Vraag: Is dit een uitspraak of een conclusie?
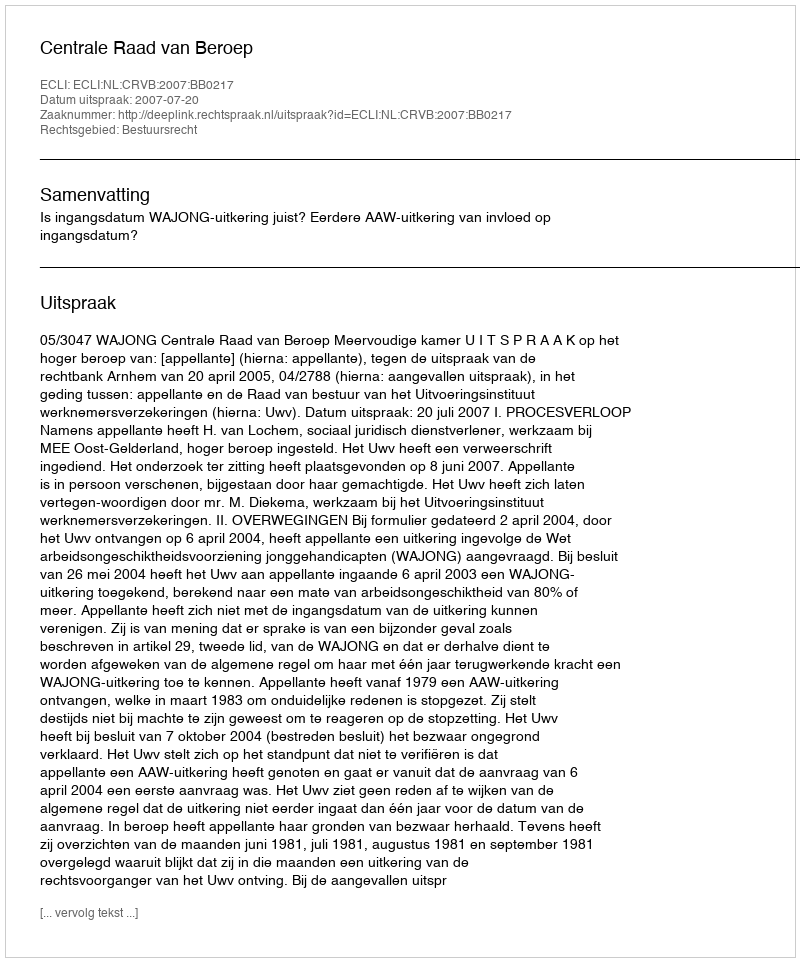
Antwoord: Uitspraak